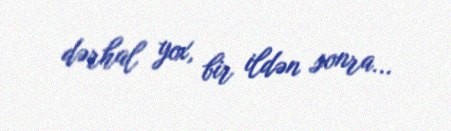
dərhal yox, bir ildən sonra...